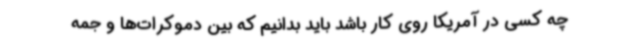
چه کسی در آمریکا روی کار باشد باید بدانیم که بین دموکرات‌ها و جمه